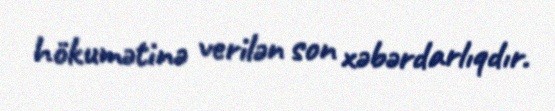
hökumətinə verilən son xəbərdarlıqdır.